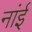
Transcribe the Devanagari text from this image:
नांई